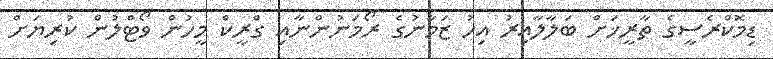
ޑިމޮކްރެސީގެ ތާރީޚަށް ބަލާލާއިރު އިހު ޒަމާނުގެ ރޯމަނުންނާއި ގްރީކް މީހުން ވޯޓްލުން ކުރިޔަށް